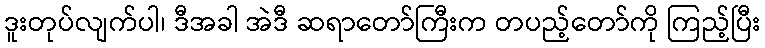
ဒူးတုပ်လျက်ပါ၊ ဒီအခါ အဲဒီ ဆရာတော်ကြီးက တပည့်တော်ကို ကြည့်ပြီး